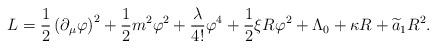
LaTeX: \begin{align*}L= \frac{1}{2} \left( \partial_\mu \varphi \right)^2 +\frac{1}{2} m^2 \varphi^2 + \frac{\lambda}{4!} \varphi^4 +\frac{1}{2} \xi R \varphi^2 + \Lambda_0 + \kappa R +\widetilde{a}_1R^2.\end{align*}